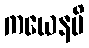
ကယေနပိ